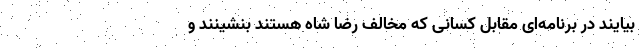
بیایند در برنامه‌ای مقابل کسانی که مخالف رضا شاه هستند بنشینند و